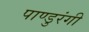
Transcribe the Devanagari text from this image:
पाण्डुरंगी